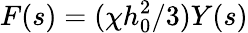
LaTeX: F(s)=(\chi h_{0}^{2}/3)Y(s)